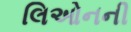
લિઓનની